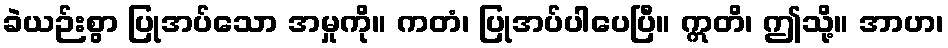
ခဲယဉ်းစွာ ပြုအပ်သော အမှုကို။ ကတံ၊ ပြုအပ်ပါပေပြီ။ ဣတိ၊ ဤသို့။ အာဟ၊